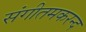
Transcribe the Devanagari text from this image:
संगीतमकरन्द